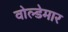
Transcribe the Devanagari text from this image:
वोल्डेमार